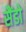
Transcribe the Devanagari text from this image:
सैंडो